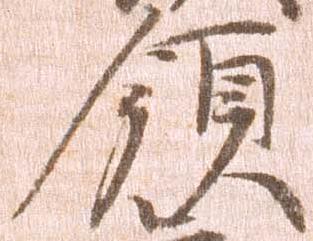
領